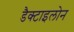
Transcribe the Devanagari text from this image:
डैक्टाइलोन